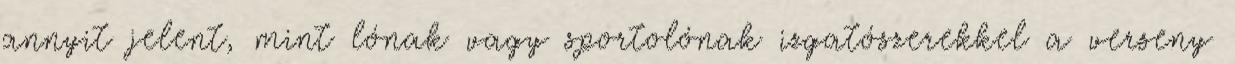
annyit jelent, mint lónak vagy sportolónak izgatószerekkel a verseny